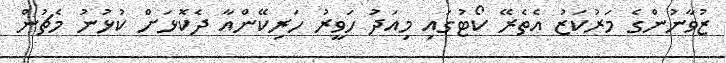
ޒުވާނުންގެ މަރުކަޒު އެތެރޭ ކޯޓުގައި މިއަދު ހަވީރު ހަރިކޭންއާ ދެކޮޅަށް ކުޅުނު މެޗުން